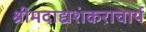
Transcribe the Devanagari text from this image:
श्रीमदाद्यशंकराचार्य